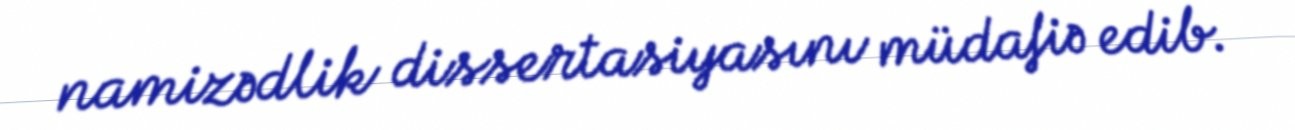
namizədlik dissertasiyasını müdafiə edib.